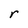
Character: r